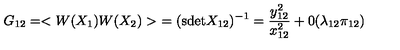
G _ { 1 2 } = < W ( X _ { 1 } ) W ( X _ { 2 } ) > \ = ( \mathrm { s d e t } X _ { 1 2 } ) ^ { - 1 } = { \frac { y _ { 1 2 } ^ { 2 } } { x _ { 1 2 } ^ { 2 } } } + 0 ( \lambda _ { 1 2 } \pi _ { 1 2 } )